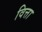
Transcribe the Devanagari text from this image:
वित्ता